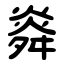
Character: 㷠